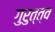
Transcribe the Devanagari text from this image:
गुरुत्त्व